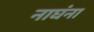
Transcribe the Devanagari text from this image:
नाघंना